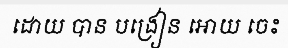
ដោយ បាន បង្រៀន អោយ ចេះ